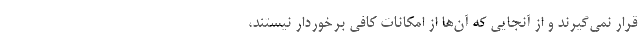
قرار نمی‌گیرند و از آنجایی که آن‌ها از امکانات کافی برخوردار نیستند،